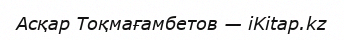
Асқар Тоқмағамбетов — iKitap.kz